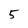
Character: 5